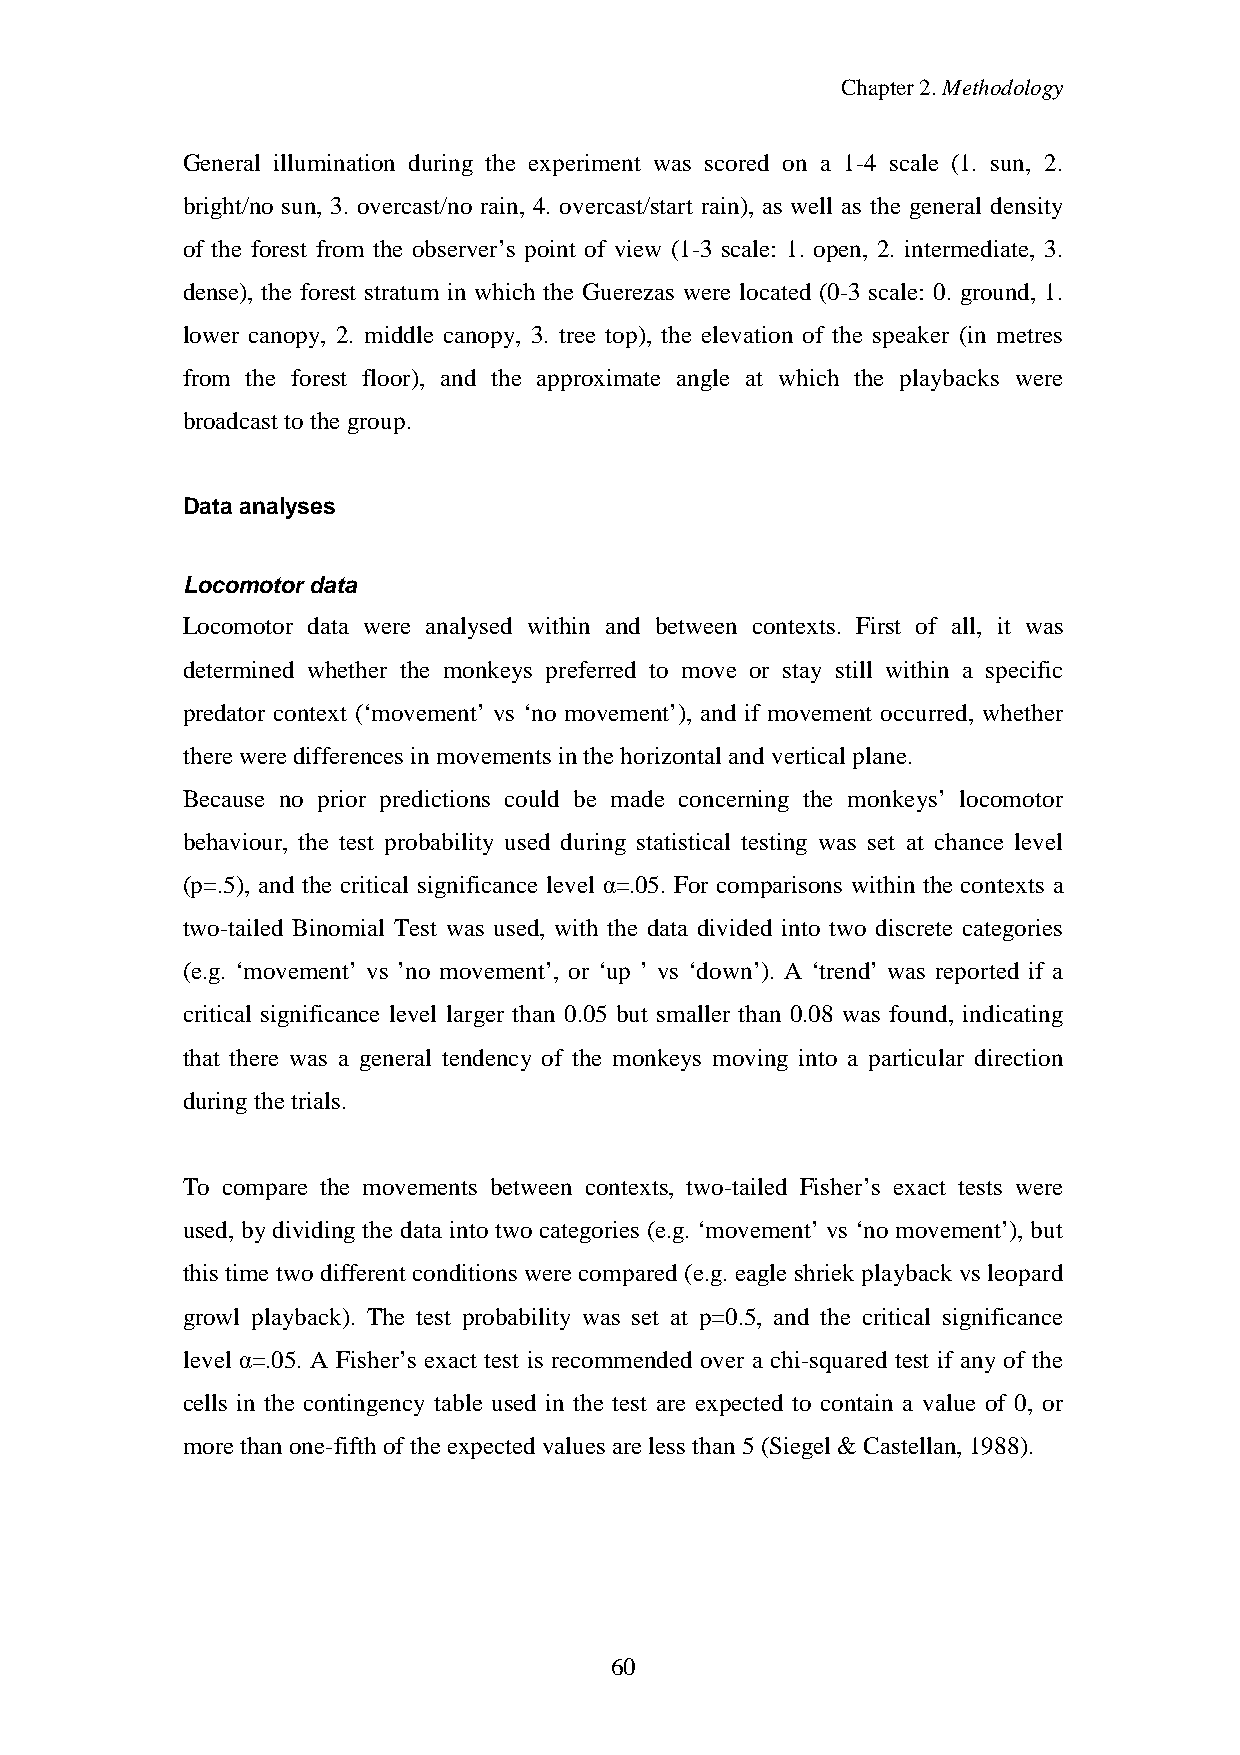
Chapter2.Methodology
 General illumination during the experiment was scored on a 1-4 scale (1. sun, 2.
 bright/no sun, 3. overcast/no rain, 4. overcast/start rain), as well as the general density
 of the forest from the observer’s point of view (1-3 scale: 1. open, 2. intermediate, 3.
 dense), the forest stratum in which the Guerezas were located (0-3 scale: 0. ground, 1.
 lower canopy, 2. middle canopy, 3. tree top), the elevation of the speaker (in metres
 from the forest floor), and the approximate angle at which the playbacks were
 broadcast tothe group.
 Data analyses
 Locomotor data
 Locomotor data were analysed within and between contexts. First of all, it was
 determined whether the monkeys preferred to move or stay still within a specific
 predator context (‘movement’ vs ‘no movement’), and if movement occurred, whether
 thereweredifferences in movements inthehorizontal andvertical plane.
 Because no prior predictions could be made concerning the monkeys’ locomotor
 behaviour, the test probability used during statistical testing was set at chance level
 (p=.5), and the critical significance level α=.05. For comparisons within the contexts a
 two-tailed Binomial Test was used, with the data divided into two discrete categories
 (e.g. ‘movement’ vs ’no movement’, or ‘up ’ vs ‘down’). A ‘trend’ was reported if a
 critical significance level larger than 0.05 but smaller than 0.08 was found, indicating
 that there was a general tendency of the monkeys moving into a particular direction
 duringthetrials.
 To compare the movements between contexts, two-tailed Fisher’s exact tests were
 used, bydividing the data into two categories (e.g. ‘movement’ vs ‘no movement’), but
 this time two different conditions were compared (e.g. eagle shriek playback vs leopard
 growl playback). The test probability was set at p=0.5, and the critical significance
 level α=.05. A Fisher’s exact test is recommended over a chi-squared test if any of the
 cells in the contingency table used in the test are expected to contain a value of 0, or
 morethanone-fifthoftheexpectedvalues areless than5(Siegel &Castellan,1988).
 60